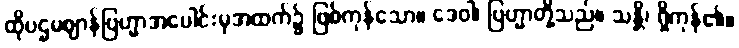
ထိုပဌမဈာန်ဗြဟ္မာအပေါင်းမှအထက်၌ ဖြစ်ကုန်သော။ ဒေဝါ၊ ဗြဟ္မာတို့သည်။ သန္တိ၊ ရှိကုန်၏။